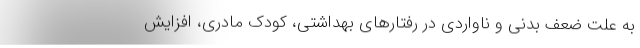
به علت ضعف بدنی و ناواردی در رفتارهای بهداشتی، کودک مادری، افزایش